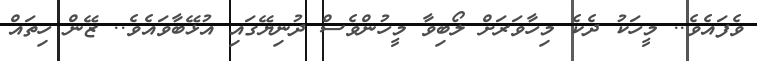
ވެފައެވެ.. މީހަކު ދެކެ މިހާވަރަށް ލޯބިވާ މީހުންވެސް ދުނިޔޭގައި އުޅޭބާވައެވެ.. ޒޭން ހިތައް